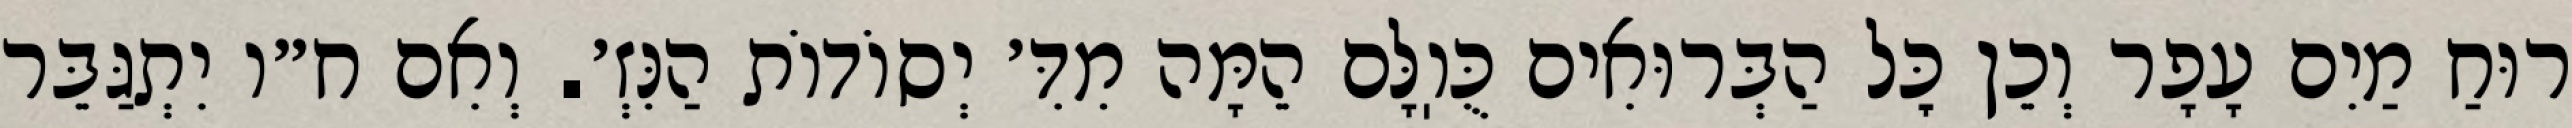
רוּחַ מַיִם עָפָר וְכֵן כׇּל הַבְּרוּאִים כֻּוֽלָּם הֵמָּה מִדִּ׳ יְסוֹדוֹת הַנִּזְ׳. וְאִם ח״ו יִתְגַּבֵּר